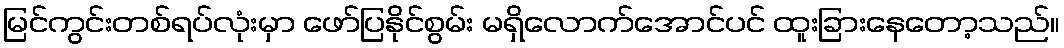
မြင်ကွင်းတစ်ရပ်လုံးမှာ ဖော်ပြနိုင်စွမ်း မရှိလောက်အောင်ပင် ထူးခြားနေတော့သည်။